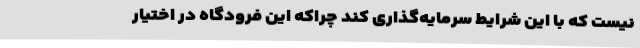
نیست که با این شرایط سرمایه‌گذاری کند چراکه این فرودگاه در اختیار